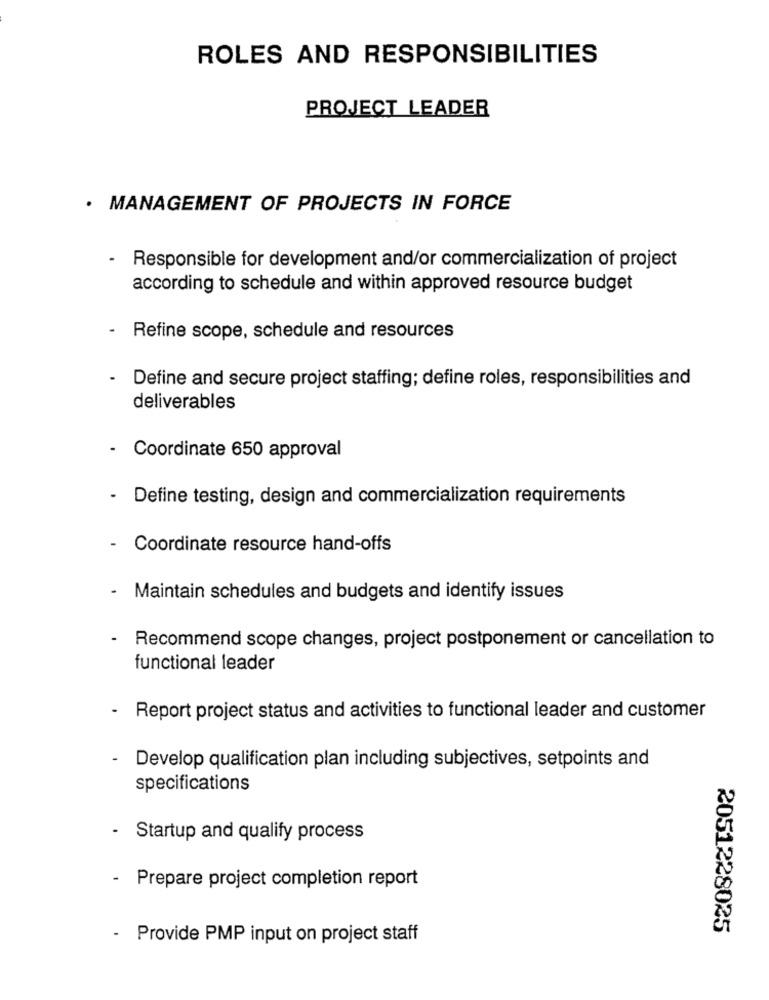
ROLES AND RESPONSIBILITIES
PROJECT LEADER
. MANAGEMENT OF PROJECTS IN FORCE
.
Responsible for development and/or commercialization of project
according to schedule and within approved resource budget
- Refine scope, schedule and resources
- Define and secure project staffing; define roles, responsibilities and
deliverables
- Coordinate 650 approval
Define testing, design and commercialization requirements
Coordinate resource hand-offs
Maintain schedules and budgets and identify issues
Recommend scope changes, project postponement or cancellation to
functional leader
- Report project status and activities to functional leader and customer
Develop qualification plan including subjectives, setpoints and
specifications
- Startup and qualify process
- Prepare project completion report
2051228025
- Provide PMP input on project staff